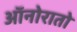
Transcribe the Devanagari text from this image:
ऑनोरातो